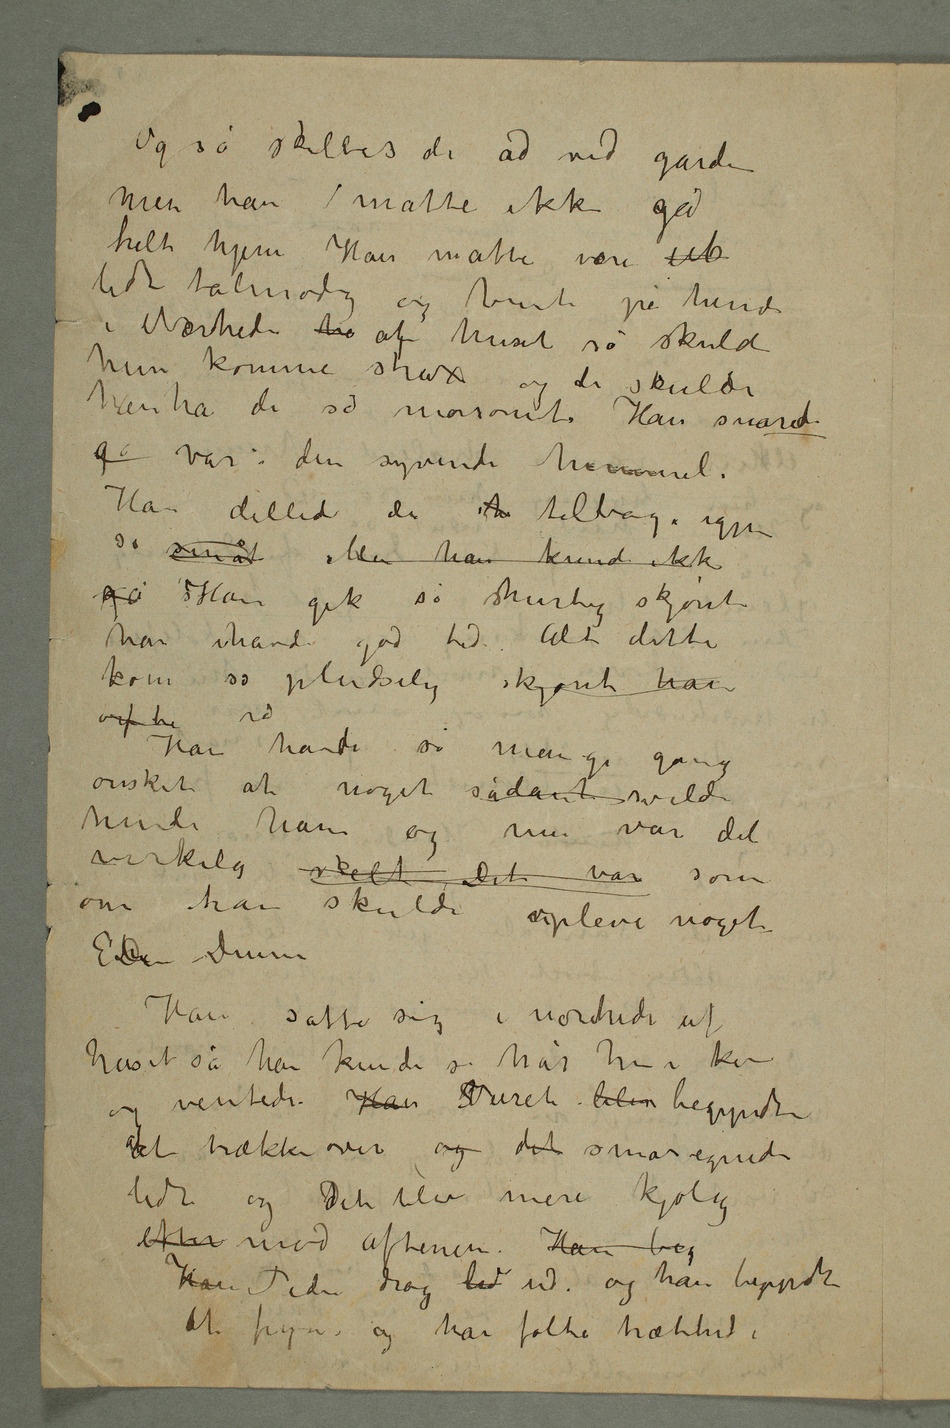
Og så skiltes de ad ved gården
men han måtte ikke gå
lidt tålmodig og vente på hende
i Nærheden hu af huset så skulde
hun komme strax og de skulde
ha de så morsomt. Han svævede
g var i den syvende himmel.
Han dilled da h tilbage igjen
så småt Men han kunde ikke
gå Han gik så shurtig skjønt
han havde god tid. Alt dette
kom så pludselig skjønt han
Han havde så mange gange
ønsket at noget sådant vilde
hende ham og nu var det
virkelig skeet Det var som
om han skulde opleve noget E
Han satte sig i nærheden af
huset så han kunde se når hun kom og
ventede. Han SVeiret blev begyndte
at trække over og det småregnede
lidt og Ddet blev mere kjølig
efter mod aftenen. Han beg
Han Tiden drog lid ud – og han begyndte
at fryse og han følte træthed.